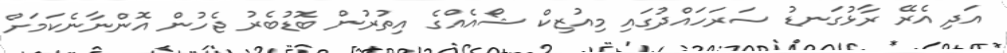
އަދި އެރޭ ރާޅުގަނޑު ސަރަހައްދުގައި މިއުޒިކް ޝޯއެއްގެ އިތުރުން ބޮޑުބެރު ޖެހުން އޮންނާނެކަމަށް